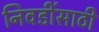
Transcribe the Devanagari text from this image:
निवडींसाठी